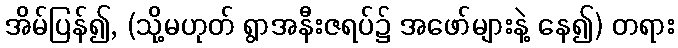
အိမ်ပြန်၍, (သို့မဟုတ် ရွာအနီးဇရပ်၌ အဖော်များနဲ့ နေ၍) တရား